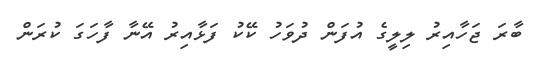
ބާރަ ޖަހާއިރު ލިލީގެ އުފަން ދުވަހު ކޭކު ފަޅާއިރު އޭނާ ފާހަގަ ކުރަން